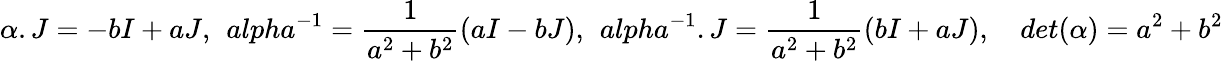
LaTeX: \alpha.J=-bI+aJ,\ \, alpha^{-1}=\frac{1}{a^{2}+b^{2}}(aI-bJ),\ \, alpha^{-1}.J=\frac{1}{a^{2}+b^{2}}(bI+aJ),\quad det(\alpha)=a^{2}+b^{2}